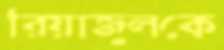
রিয়াজুলকে